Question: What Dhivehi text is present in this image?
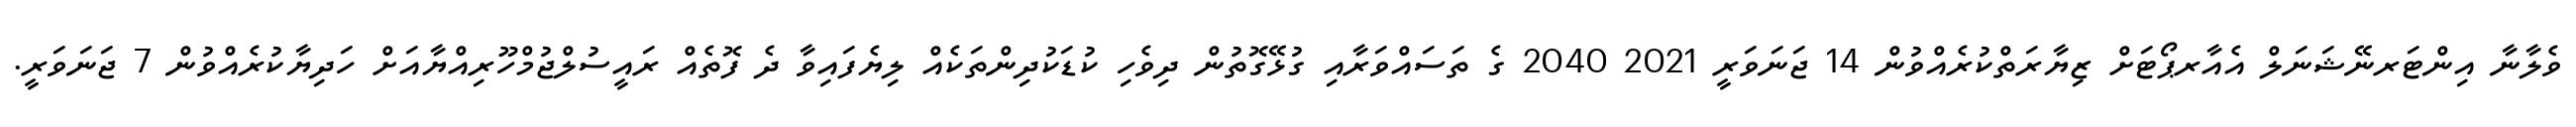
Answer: ވެލާނާ އިންޓަރނޭޝަނަލް އެއާރޕޯޓަށް ޒިޔާރަތްކުރެއްވުން 14 ޖަނަވަރީ 2021 2040 ގެ ތަސައްވަރާއި ގުޅޭގޮތުން ދިވެހި ކުޑަކުދިންތަކެއް ލިޔެފައިވާ ދެ ފޮތެއް ރައީސުލްޖުމްހޫރިއްޔާއަށް ހަދިޔާކުރެއްވުން 7 ޖަނަވަރީ.